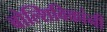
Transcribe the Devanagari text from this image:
बोल्शिविकांनी